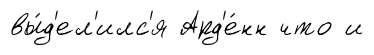
вы́д'ел'илс'я Ард'е́нн что и